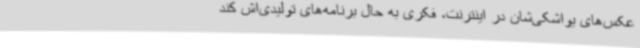
عکس‌های یواشکی‌شان در اینترنت، فکری به حال برنامه‌های تولیدی‌اش کند